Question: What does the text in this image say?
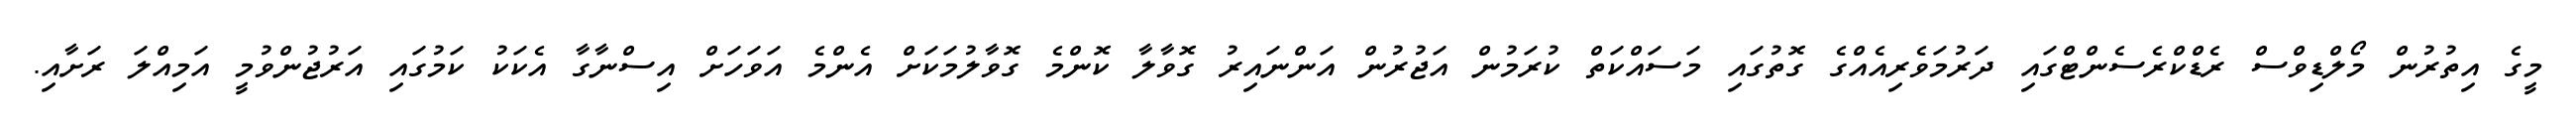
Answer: މީގެ އިތުރުން މޯލްޑިވްސް ރެޑްކްރެސެންޓްގައި ދަރުމަވެރިއެއްގެ ގޮތުގައި މަސައްކަތް ކުރަމުން އަޖުރުން އަންނައިރު ގޮވާލާ ކޮންމެ ގޮވާލުމަކަށް އެންމެ އަވަހަށް އިސްނާގާ އެކަކު ކަމުގައި އަރުޖުންވުމީ އަމިއްލަ ރަށާއި.